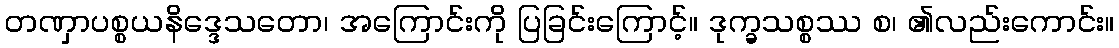
တဏှာပစ္စယနိဒ္ဒေသတော၊ အကြောင်းကို ပြခြင်းကြောင့်။ ဒုက္ခသစ္စဿ စ၊ ၏လည်းကောင်း။